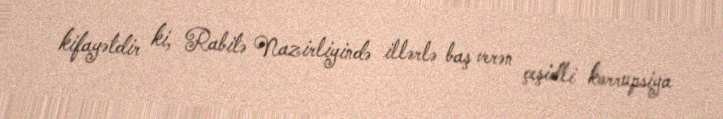
kifayətdir ki, Rabitə Nazirliyində illərlə baş verən çeşidli korrupsiya